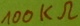
Text: 100kΩ